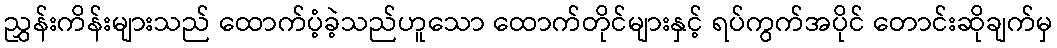
ညွှန်းကိန်းများသည် ထောက်ပံ့ခဲ့သည်ဟူသော ထောက်တိုင်များနှင့် ရပ်ကွက်အပိုင် တောင်းဆိုချက်မှ